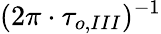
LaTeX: (2\pi\cdot\tau_{o,III})^{-1}